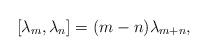
LaTeX: \begin{align*}[ \lambda_m , \lambda_n ] = (m-n) \lambda_{m+n},\end{align*}